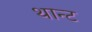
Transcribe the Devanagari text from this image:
थान्ट